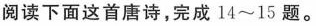
阅读下面这首唐诗，完成14~15题。